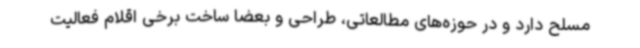
مسلح دارد و در حوزه‌های مطالعاتی، طراحی و بعضا ساخت برخی اقلام فعالیت